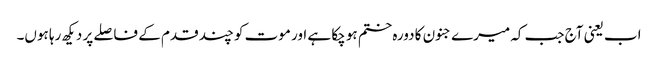
اب یعنی آج جب کہ میرے جنون کا دورہ ختم ہو چکا ہے اور موت کو چند قدم کے فاصلے پر دیکھ رہا ہوں۔